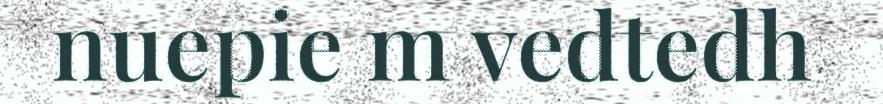
nuepie m vedtedh